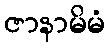
ဇာနာမိမံ